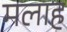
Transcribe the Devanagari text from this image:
मलाह